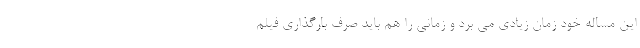
این مساله خود زمان زیادی می برد و زمانی را هم باید صرف بارگذاری فیلم